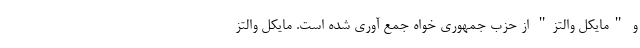
و "مایکل والتز" از حزب جمهوری‌ خواه جمع آوری شده است. مایکل والتز